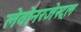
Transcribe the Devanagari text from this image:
लेवोनरजेस्ट्रल